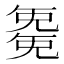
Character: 𭀱